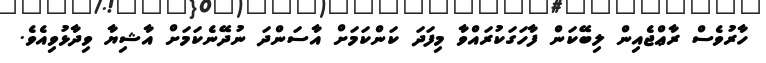
ހާރުވެސް ރާޢްޖެއިން ލިބޭކަން ފާހަގަކުރައްވާ މިފަދަ ކަންކަމަށް އާސަންދަ ނުދޭނެކަމަށް އާޝިޔާ ވިދާޅުވިއެވެ.